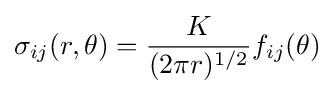
\sigma _{ij}(r,\theta )={K \over (2\pi r)^{1/2}}f_{ij}(\theta )